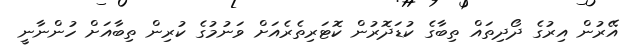
އޭރުން އިރުގެ ދޯދިތައް ތިބާގެ ކުޑަދޮރުން ކޮޓަރިތެރެއަށް ވަނުމުގެ ކުރިން ތިބާއަށް ހުންނާނީ